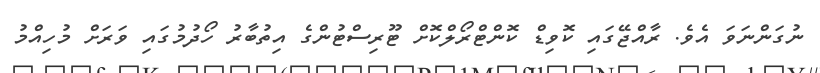
ނުގަންނަވަ އެވެ. ރާާއްޖޭގައި ކޮވިޑް ކޮންޓްރޯލްކޮށް ޓޫރިސްޓުންގެ އިތުބާރު ހޯދުމުގައި ވަރަށް މުހިއްމު